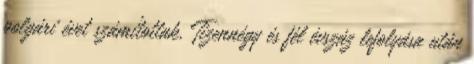
polgári évet számítottak. Tizennégy és fél évszáz lefolyása után